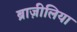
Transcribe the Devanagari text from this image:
ब्राज़ीलिया